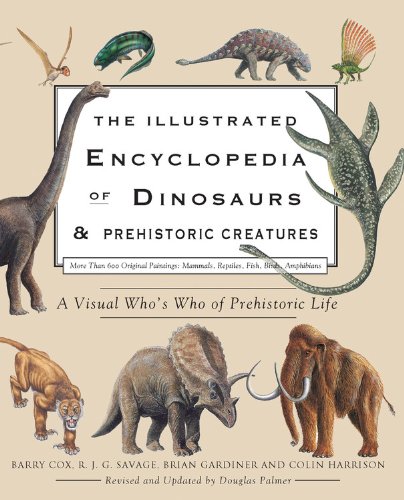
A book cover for The Illustrated Encyclopedia of Dinosaurs & Prehistoric Creatures; Barry Cox; Reference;